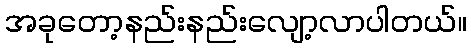
အခုတော့နည်းနည်းလျော့လာပါတယ်။